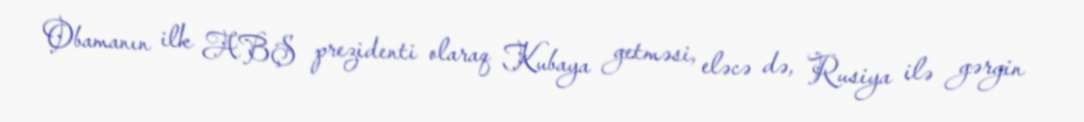
Obamanın ilk ABŞ prezidenti olaraq Kubaya getməsi, eləcə də, Rusiya ilə gərgin